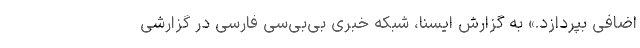
اضافی بپردازد.» به گزارش ایسنا، شبکه خبری بی‌بی‌سی فارسی در گزارشی